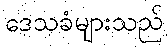
ဒေသခံများသည်